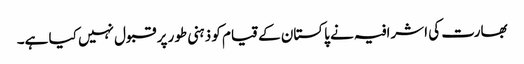
بھارت کی اشرافیہ نے پاکستان کے قیام کو ذہنی طور پر قبول نہیں کیا ہے۔